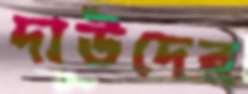
দাউদের